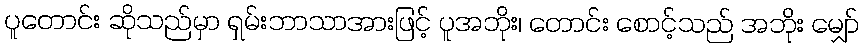
ပူတောင်း ဆိုသည်မှာ ရှမ်းဘာသာအားဖြင့် ပူအဘိုး၊ တောင်း စောင့်သည် အဘိုး မျှော်